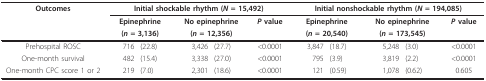
| Outcomes | <COLSPAN=5> Initial shockable rhythm (N = 15,492) | <COLSPAN=5> Initial nonshockable rhythm (N = 194,085) |
 |  | <COLSPAN=2> Epinephrine | <COLSPAN=2> No epinephrine | P value | <COLSPAN=2> Epinephrine | <COLSPAN=2> No epinephrine | P value |
 |  | <COLSPAN=2> (n = 3,136) | <COLSPAN=2> (n = 12,356) |  | <COLSPAN=2> (n = 20,540) | <COLSPAN=2> (n = 173,545) |  |
 | --- | --- | --- | --- | --- | --- | --- | --- | --- | --- | --- |
 | Prehospital ROSC | 716 | (22.8) | 3,426 | (27.7) | <0.0001 | 3,847 | (18.7) | 5,248 | (3.0) | <0.0001 |
 | One-month survival | 482 | (15.4) | 3,338 | (27.0) | <0.0001 | 795 | (3.9) | 3,819 | (2.2) | <0.0001 |
 | One-month CPC score 1 or 2 | 219 | (7.0) | 2,301 | (18.6) | <0.0001 | 121 | (0.59) | 1,078 | (0.62) | 0.605 |